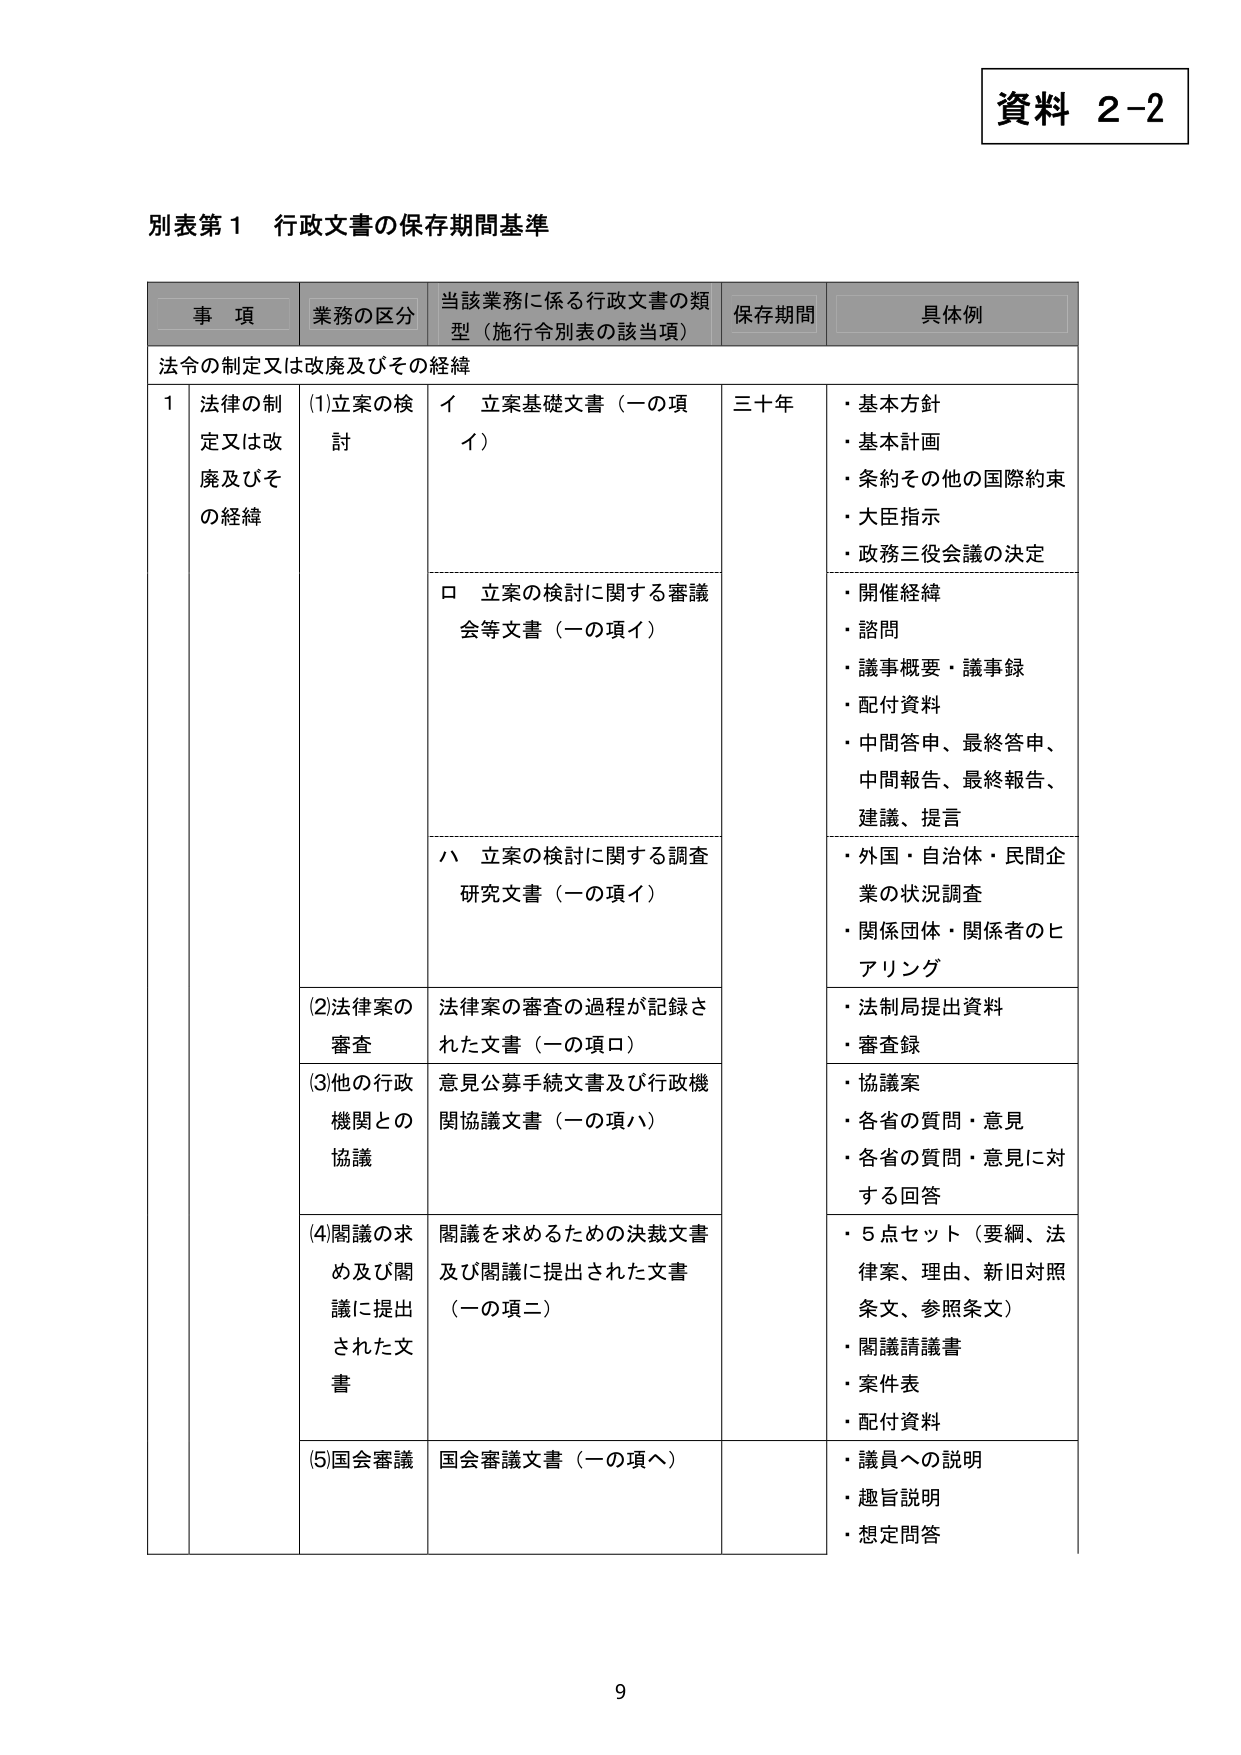
資料 2-2

別表第1 行政文書の保存期間基準

事項 業務の区分 当該業務に係る行政文書の類型（施行令別表の該当項） 保存期間 具体例

法令の制定又は改廃及びその経緯

1 法律の制定又は改廃及びその経緯 (1)立案の検討 イ 立案基礎文書（一の項イ） 三十年 ・基本方針 ・基本計画 ・条約その他の国際約束 ・大臣指示 ・政務三役会議の決定

ロ 立案の検討に関する審議会等文書（一の項イ） ・開催経緯 ・諮問 ・議事概要・議事録 ・配付資料 ・中間答申、最終答申、中間報告、最終報告、建議、提言

ハ 立案の検討に関する調査研究文書（一の項イ） ・外国・自治体・民間企業の状況調査 ・関係団体・関係者のヒアリング

(2)法律案の審査 法律案の審査の過程が記録された文書（一の項ロ） ・法制局提出資料 ・審査録

(3)他の行政機関との協議 意見公募手続文書及び行政機関協議文書（一の項ハ） ・協議案 ・各省の質問・意見 ・各省の質問・意見に対する回答

(4)閣議の求め及び閣議に提出された文書 閣議を求めるための決裁文書及び閣議に提出された文書（一の項二） ・5点セット（要綱、法律案、理由、新旧対照条文、参照条文） ・閣議請議書 ・案件表 ・配付資料

(5)国会審議 国会審議文書（一の項ヘ） ・議員への説明 ・趣旨説明 ・想定問答

9